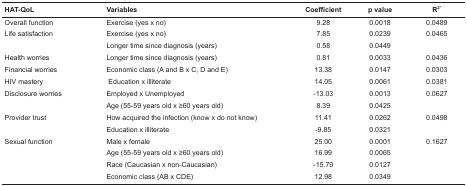
<table><thead><tr><td><b> HAT-QoL</b></td><td><b> Variables</b></td><td><b> Coefficient</b></td><td><b> p value</b></td><td><b> R<sup>2*</sup></b></td></tr></thead><tbody><tr><td> Overall function</td><td> Exercise (yes x no)</td><td> 9.28</td><td> 0.0018</td><td> 0.0489</td></tr><tr><td> Life satisfaction</td><td> Exercise (yes x no)</td><td> 7.85</td><td> 0.0239</td><td> 0.0465</td></tr><tr><td></td><td> Longer time since diagnosis (years)</td><td> 0.58</td><td> 0.0449</td><td></td></tr><tr><td> Health worries</td><td> Longer time since diagnosis (years)</td><td> 0.81</td><td> 0.0033</td><td> 0.0436</td></tr><tr><td> Financial worries </td><td> Economic class (A and B x C, D and E)</td><td> 13.38</td><td> 0.0147</td><td> 0.0303</td></tr><tr><td> HIV mastery</td><td> Education x illiterate</td><td> 14.05</td><td> 0.0061</td><td> 0.0381</td></tr><tr><td> Disclosure worries</td><td> Employed x Unemployed</td><td> -13.03</td><td> 0.0013</td><td> 0.0627</td></tr><tr><td></td><td> Age (55-59 years old x ≥60 years old)</td><td> 8.39</td><td> 0.0425</td><td></td></tr><tr><td> Provider trust</td><td> How acquired the infection (know x do notknow)</td><td> 11.41</td><td> 0.0262</td><td> 0.0498</td></tr><tr><td></td><td> Education x illiterate</td><td> -9.85</td><td> 0.0321</td><td></td></tr><tr><td> Sexual function</td><td> Male x female</td><td> 25.00</td><td> 0.0001</td><td> 0.1627</td></tr><tr><td></td><td> Age (55-59 years old x ≥60 years old)</td><td> 16.99</td><td> 0.0065</td><td></td></tr><tr><td></td><td> Race (Caucasian x non-Caucasian)</td><td> -15.79</td><td> 0.0127</td><td></td></tr><tr><td></td><td> Economic class (AB x CDE)</td><td> 12.98</td><td> 0.0349</td><td></td></tr></tbody></table>